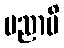
ပညာပိ